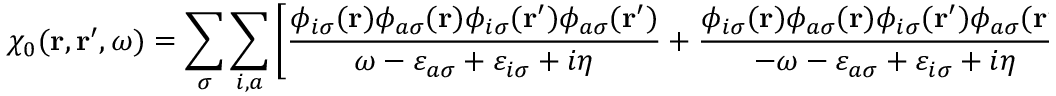
\chi _ { 0 } ( \mathbf { r } , \mathbf { r } ^ { \prime } , \omega ) = \sum _ { \sigma } \sum _ { i , a } \left[ \frac { \phi _ { i \sigma } ( \mathbf { r } ) \phi _ { a \sigma } ( \mathbf { r } ) \phi _ { i \sigma } ( \mathbf { r } ^ { \prime } ) \phi _ { a \sigma } ( \mathbf { r } ^ { \prime } ) } { \omega - \varepsilon _ { a \sigma } + \varepsilon _ { i \sigma } + i \eta } + \frac { \phi _ { i \sigma } ( \mathbf { r } ) \phi _ { a \sigma } ( \mathbf { r } ) \phi _ { i \sigma } ( \mathbf { r } ^ { \prime } ) \phi _ { a \sigma } ( \mathbf { r } ^ { \prime } ) } { - \omega - \varepsilon _ { a \sigma } + \varepsilon _ { i \sigma } + i \eta } \right]